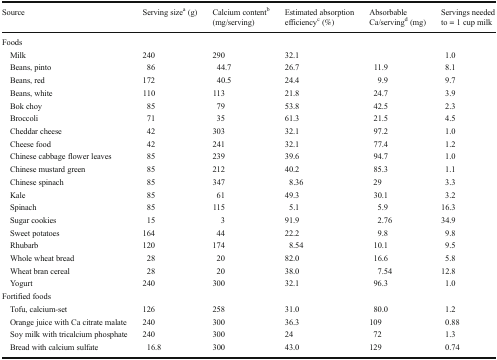
<table><thead><tr><td><b>Source</b></td><td><b>Serving size<sup>a</sup> (g)</b></td><td><b>Calcium content<sup>b</sup> (mg/serving)</b></td><td><b>Estimated absorption efficiency<sup>c</sup> (%)</b></td><td><b>Absorbable Ca/serving<sup>d</sup> (mg)</b></td><td><b>Servings needed to = 1 cup milk</b></td></tr></thead><tbody><tr><td colspan="6">Foods</td></tr><tr><td> Milk</td><td>240</td><td>290</td><td>32.1</td><td></td><td>1.0</td></tr><tr><td> Beans, pinto</td><td>86</td><td>44.7</td><td>26.7</td><td>11.9</td><td>8.1</td></tr><tr><td> Beans, red</td><td>172</td><td>40.5</td><td>24.4</td><td>9.9</td><td>9.7</td></tr><tr><td> Beans, white</td><td>110</td><td>113</td><td>21.8</td><td>24.7</td><td>3.9</td></tr><tr><td> Bok choy</td><td>85</td><td>79</td><td>53.8</td><td>42.5</td><td>2.3</td></tr><tr><td> Broccoli</td><td>71</td><td>35</td><td>61.3</td><td>21.5</td><td>4.5</td></tr><tr><td> Cheddar cheese</td><td>42</td><td>303</td><td>32.1</td><td>97.2</td><td>1.0</td></tr><tr><td> Cheese food</td><td>42</td><td>241</td><td>32.1</td><td>77.4</td><td>1.2</td></tr><tr><td> Chinese cabbage flower leaves</td><td>85</td><td>239</td><td>39.6</td><td>94.7</td><td>1.0</td></tr><tr><td> Chinese mustard green</td><td>85</td><td>212</td><td>40.2</td><td>85.3</td><td>1.1</td></tr><tr><td> Chinese spinach</td><td>85</td><td>347</td><td>8.36</td><td>29</td><td>3.3</td></tr><tr><td> Kale</td><td>85</td><td>61</td><td>49.3</td><td>30.1</td><td>3.2</td></tr><tr><td> Spinach</td><td>85</td><td>115</td><td>5.1</td><td>5.9</td><td>16.3</td></tr><tr><td> Sugar cookies</td><td>15</td><td>3</td><td>91.9</td><td>2.76</td><td>34.9</td></tr><tr><td> Sweet potatoes</td><td>164</td><td>44</td><td>22.2</td><td>9.8</td><td>9.8</td></tr><tr><td> Rhubarb</td><td>120</td><td>174</td><td>8.54</td><td>10.1</td><td>9.5</td></tr><tr><td> Whole wheat bread</td><td>28</td><td>20</td><td>82.0</td><td>16.6</td><td>5.8</td></tr><tr><td> Wheat bran cereal</td><td>28</td><td>20</td><td>38.0</td><td>7.54</td><td>12.8</td></tr><tr><td> Yogurt</td><td>240</td><td>300</td><td>32.1</td><td>96.3</td><td>1.0</td></tr><tr><td colspan="6">Fortified foods</td></tr><tr><td> Tofu, calcium-set</td><td>126</td><td>258</td><td>31.0</td><td>80.0</td><td>1.2</td></tr><tr><td> Orange juice with Ca citrate malate</td><td>240</td><td>300</td><td>36.3</td><td>109</td><td>0.88</td></tr><tr><td> Soy milk with tricalcium phosphate</td><td>240</td><td>300</td><td>24</td><td>72</td><td>1.3</td></tr><tr><td> Bread with calcium sulfate</td><td>16.8</td><td>300</td><td>43.0</td><td>129</td><td>0.74</td></tr></tbody></table>